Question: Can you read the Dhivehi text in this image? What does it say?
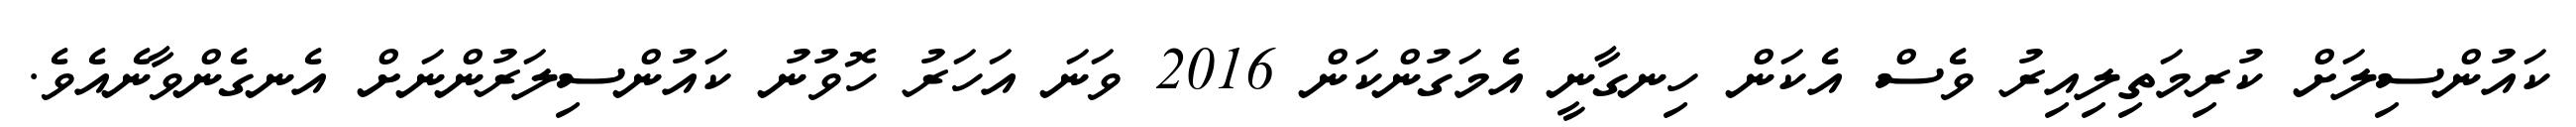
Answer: ކައުންސިލަށް ކުރިމަތިލިއިރު ވެސް އެކަން ހިނގާނީ އެމަގުންކަން 2016 ވަނަ އަހަރު ހޮވުނު ކައުންސިލަރުންނަށް އެނގެންވާނެއެވެ.